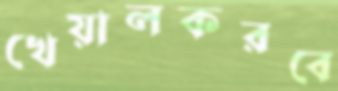
খেয়ালকরবে